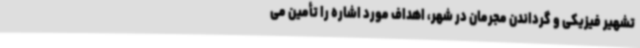
تشهیر فیزیکی و گرداندن مجرمان در شهر، اهداف مورد اشاره را تأمین می